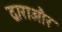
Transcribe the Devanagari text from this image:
द्वाराऔर